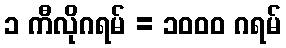
၁ ကီလိုဂရမ် = ၁၀၀၀ ဂရမ်